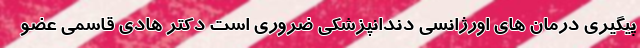
پیگیری درمان های اورژانسی دندانپزشکی ضروری است دکتر هادی قاسمی عضو